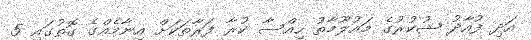
އަދި ފުއާދު ޝުކުރުގެ މައުލޫމާތު ހިއްސާ ކުރާ ފަރާތަކަށް އިނާމެއްގެ ގޮތުގައި 5